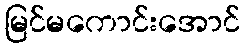
မြင်မကောင်းအောင်